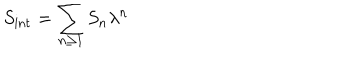
S _ { \mathrm { i n t } } = \sum _ { n \ge 1 } S _ { n } \lambda ^ { n }